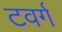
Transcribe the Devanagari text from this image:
टवर्ग